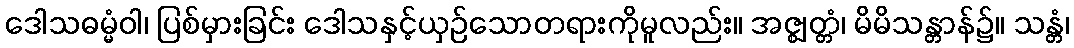
ဒေါသဓမ္မံဝါ၊ ပြစ်မှားခြင်း ဒေါသနှင့်ယှဉ်သောတရားကိုမူလည်း။ အဇ္ဈတ္တံ၊ မိမိသန္တာန်၌။ သန္တံ၊